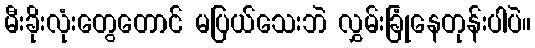
မီးခိုးလုံးတွေတောင် မပြယ်သေးဘဲ လွှမ်းခြုံနေတုန်းပါပဲ။